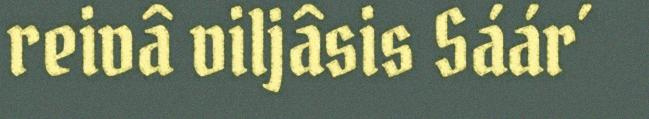
reivâ viljâsis Sáár´